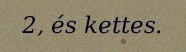
2, és kettes.